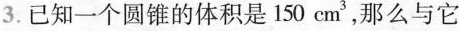
3.已知一个圆锥的体积是150cm^{3}，那么与它